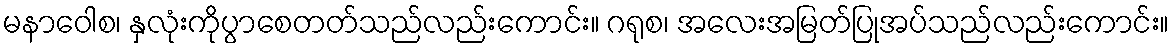
မနာဝေါစ၊ နှလုံးကိုပွာစေတတ်သည်လည်းကောင်း။ ဂရုစ၊ အလေးအမြတ်ပြုအပ်သည်လည်းကောင်း။